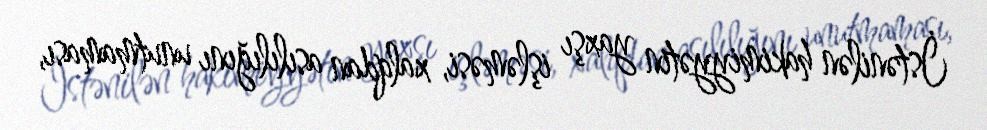
İstənilən hakimiyyətin yaxşı işləməsi, xalqdan asılılığını unutmaması,